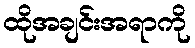
ထိုအချင်းအရာကို